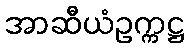
အာဆီယံဥက္ကဋ္ဌ